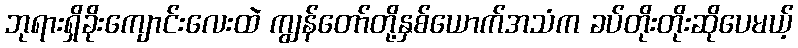
ဘုရားရှိခိုးကျောင်းလေးထဲ ကျွန်တော်တို့နှစ်ယောက်အသံက ခပ်တိုးတိုးဆိုပေမယ့်